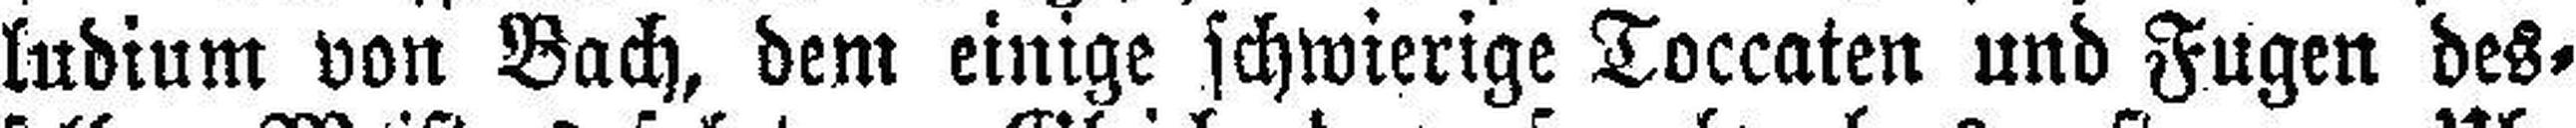
ludium von Bach, dem einige schwierige Toccaten und Fugen des¬